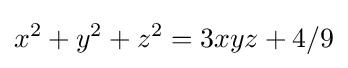
x^{2}+y^{2}+z^{2}=3xyz+4/9